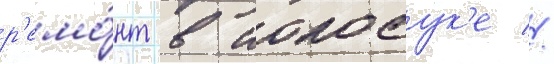
р'емо́нт в иокосук'е //